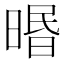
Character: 㬆